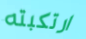
ارتكبته